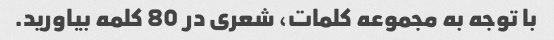
با توجه به مجموعه کلمات، شعری در 80 کلمه بیاورید.